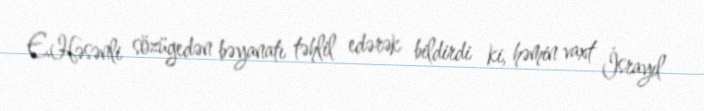
E.Həsənli sözügedən bəyanatı təhlil edərək bildirdi ki, həmin vaxt İsrayıl